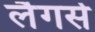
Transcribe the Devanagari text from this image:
लैगर्स